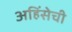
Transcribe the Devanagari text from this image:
अहिंसेची